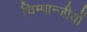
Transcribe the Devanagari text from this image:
चिम्पान्जीयों